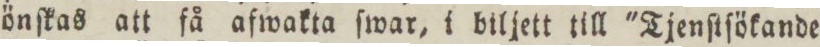
önſkas att få afwakta ſwar, i biljett till 'Tjenſtſökande